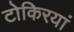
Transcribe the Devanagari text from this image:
टोकिरयां